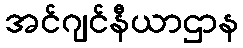
အင်ဂျင်နီယာဌာန